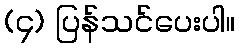
(၄) ပြန်သင်ပေးပါ။